Tezpur Lunatic Asylum reports 1895-1904 - 1895-1904
Year: 1895
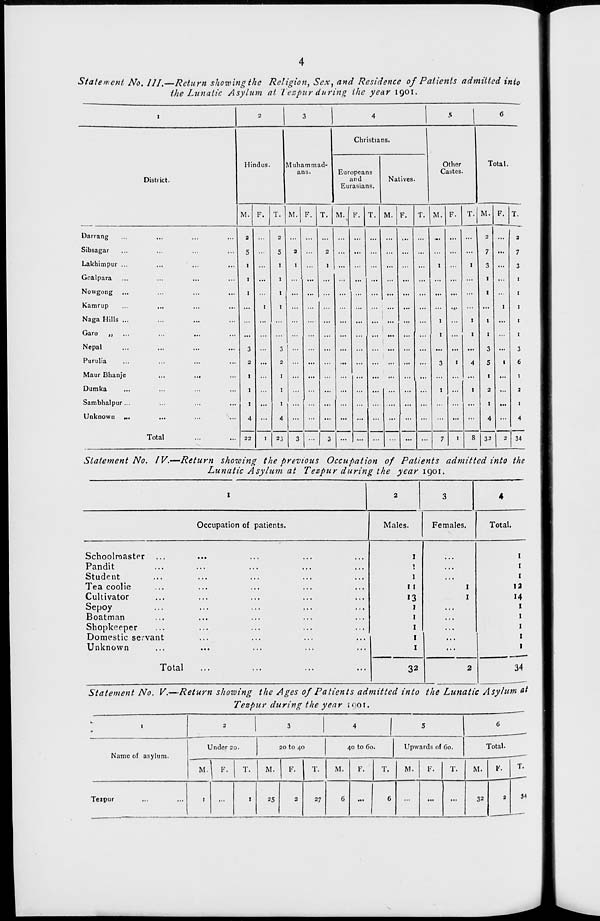
Statement No. III.—Return showing the Religion, Sex, and Residence of Patients admitted into
the Lunatic Asylum at Tespur during the year 1901.
Distiict.
Hindus.
Muhammad-
ans.
Christians.
Europeans
and
Eurasians.
Natives.
Other
Castes.
Total.
M. F.
M. F.
M.
M. F.
Darrang
Sibsagar
Lakhimpur ...
Goalpara
Nowgong ...
Kamrup
Naga Hills ...
Garo „
Nepal
Purulia
Maur Bhanje
Dumka
Sambhalpur...
Unknown
Total
22
1
23
T. M F.
M.
2
7
3
l
1
1
1
3
5
1
2
t
4
32
3
6
t
2
1
4
34
Statement No. IV.—Return showing the previous Occupation of Patients admitted into the
Lunatic Asylum at Tezpur during the year 1901.
Occupation of patients.
Males
Females.
Total.
Schoolmaster
Pandit
Student
Tea coolie
Cultivator
Sepoy
Boatman
Shopkeeper
Domestic servant
Unknown
Total
1
1
11
»3
1
1
1
1
1
32
1
1
1
12
14
1
1
1
1
1
34
Statement No. V.—Return showing the Ages of Patients admitted into the Lunatic Asylum at
Tezpur during the year igoi.
Name of asylum.
Under 20.
20 to 40
40 to Co.
Upwards of Go.
M.
F.
Teipur
M.
25
F.
T.
27
M.
M.
M.
Total.
V,
32
34